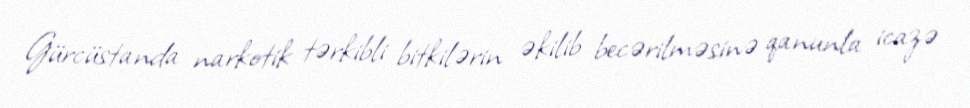
Gürcüstanda narkotik tərkibli bitkilərin əkilib becərilməsinə qanunla icazə